Source: Handwritten
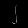
Digit: ၂ (2)